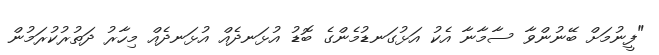
"ފީނުމަށް ބޭނުންވާ ސާމާނާ އެކު އަޅުގަނޑުމެންގެ ބޮޑު އުޅަނދެއް އުޅަނދެއް މިހާރު ދަތުރުކުރަމުން